Anatomy and histology of ticks - Number 23
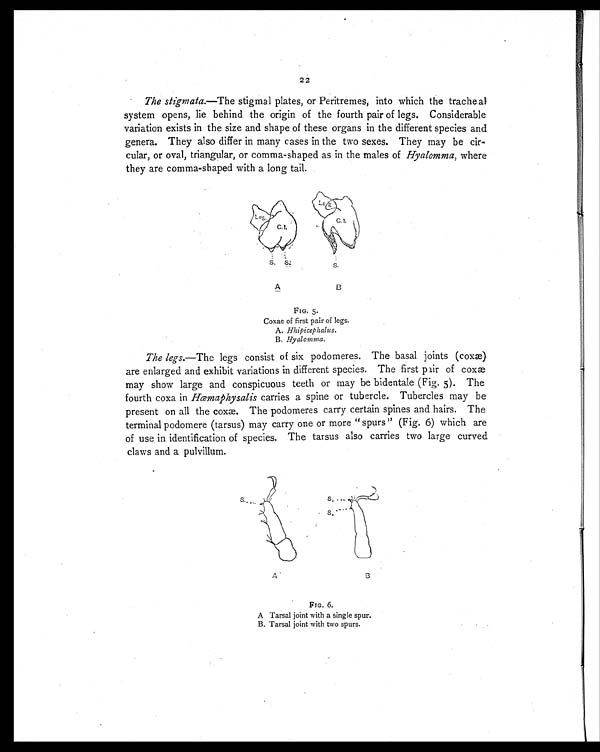
2 2
The stigmata .—The stigmal plates, or Peritremes, into which the tracheal
system opens, lie behind the origin of the fourth pair of legs. Considerable
variation exists in the size and shape of these organs in the different species and
genera. They also differ in many cases in the two sexes. They may be cir-
cular, or oval, triangular, or comma-shaped as in the males of Hyalomma , where
they are comma-shaped with a long tail.
FIG. 5.
Coxae of first pair of legs.
A. Hhipicephalus.
B.
H y a l o m m a
.
The legs.—The legs consist of six podomeres. The basal joints (coxæ)
are enlarged and exhibit variations in different species. The first pair of coxæ
may show large and conspicuous teeth or may be bidentale (Fig. 5). The
fourth coxa in Hœmaphysalis carries a spine or tubercle. Tubercles may be
present on all the coxæ. The podomeres carry certain spines and hairs. The
terminal podomere (tarsus) may carry one or more "spurs" (Fig. 6) which are
of use in identification of species. The tarsus also carries two large curved
claws and a pulvillum.
FIG. 6.
A Tarsal joint with a single spur.
B. Tarsal joint with two spurs.